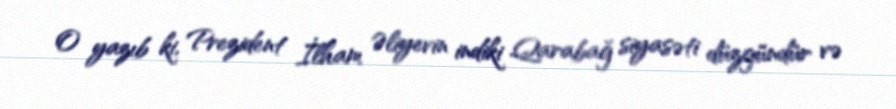
O yazıb ki, Prezident İlham Əliyevin indiki Qarabağ siyasəti düzgündür və